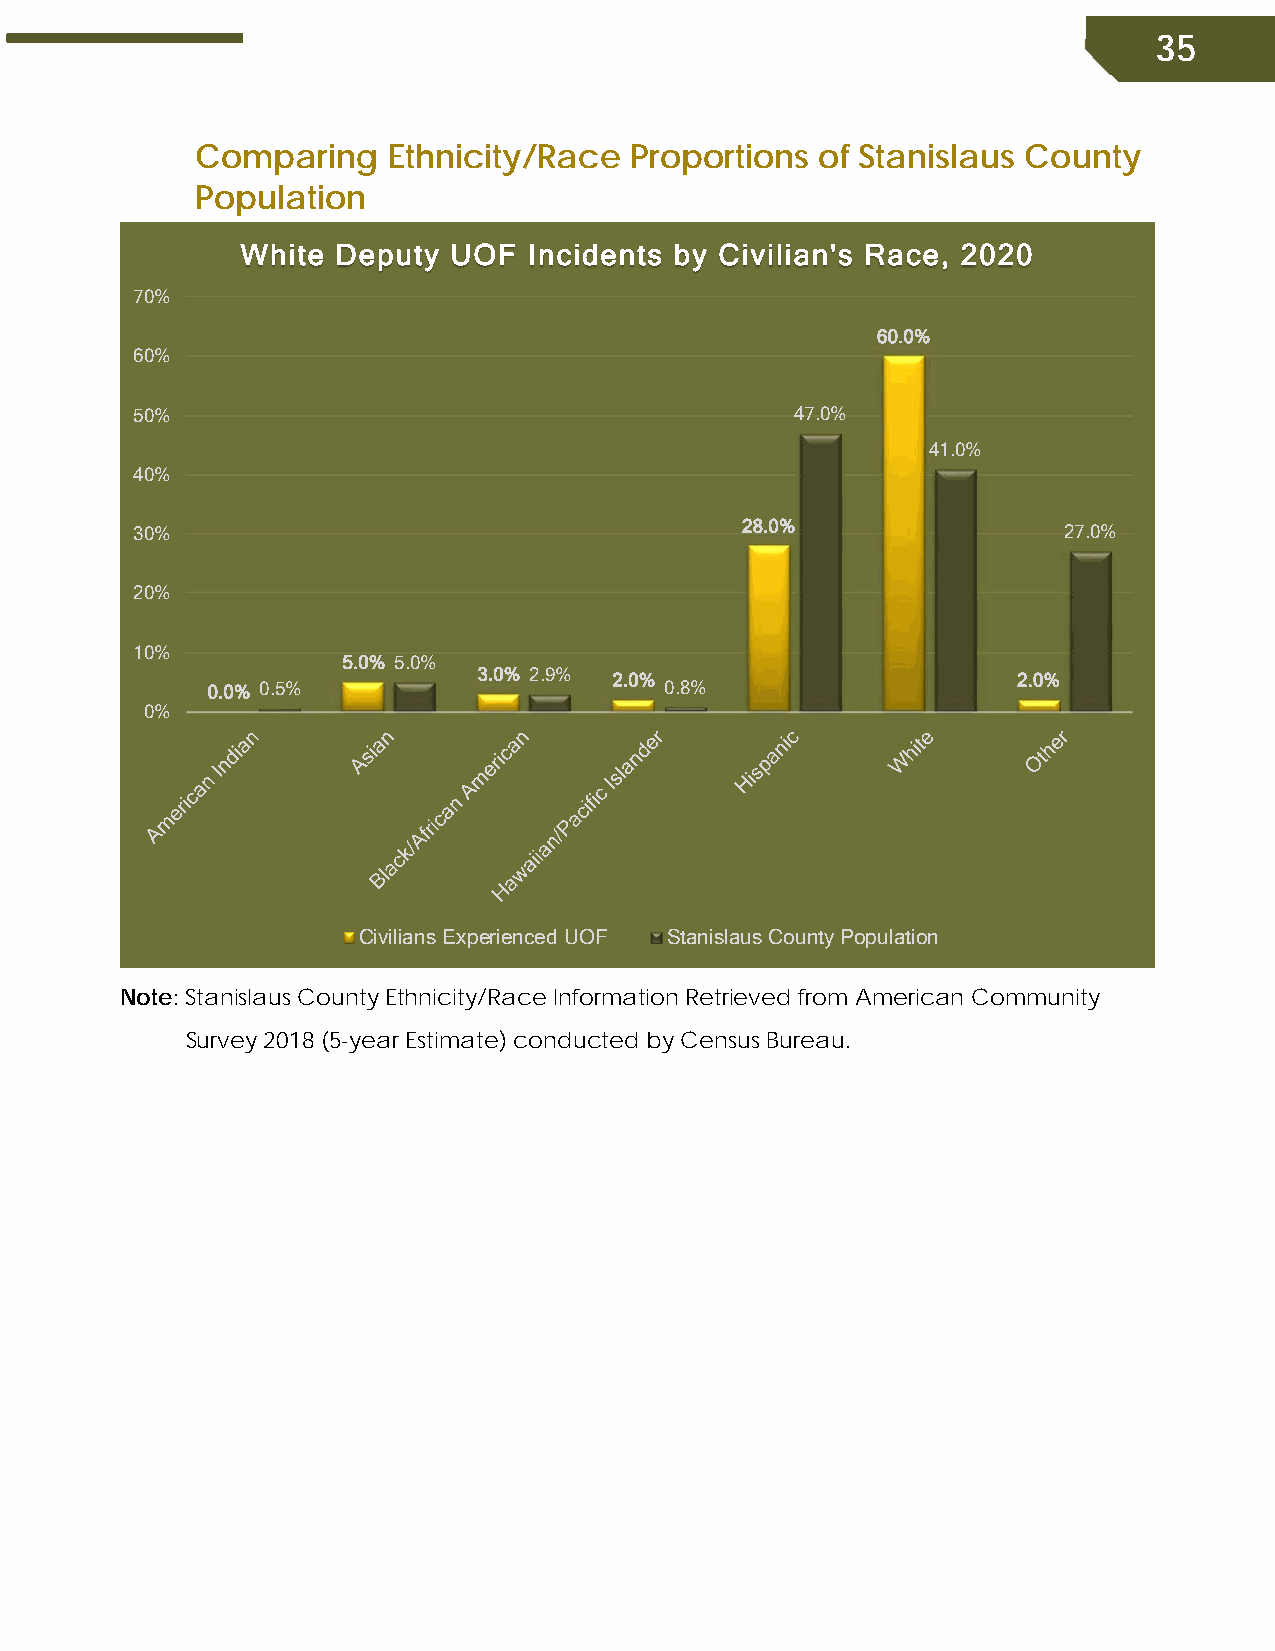
35
 Comparing    Ethnicity/Race  Proportions of Stanislaus County
 Population
 White Deputy  UOF  Incidents by Civilian's Race, 2020
 70%
 60.0%
 60%
 50%                                         47.0%
 41.0%
 40%
 30%                                     28.0%                27.0%
 20%
 10%
 5.0% 5.0%
 3.0% 2.9% 2.0%                     2.0%
 0.0% 0.5%                     0.8%
 0%
 Civilians Experienced UOF Stanislaus County Population
 Note: Stanislaus County Ethnicity/Race Information Retrieved from American Community
 Survey 2018 (5-year Estimate) conducted by Census Bureau.